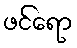
ဖင်ရော